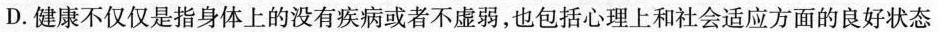
D.健康不仅仅是指身体上的没有疾病或者不虚弱，也包括心理上和社会适应方面的良好状态